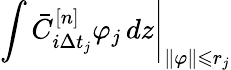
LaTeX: \left.\int\bar{C}_{i\Delta t_{j}}^{[n]}\varphi_{j}\mathop{}\! {d{z}}\right|_{\| \varphi\| \leqslant r_{j}}